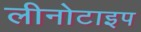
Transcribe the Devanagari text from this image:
लीनोटाइप